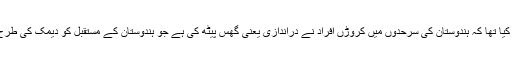
انہوں نے دعویٰ کیا تھا کہ ہندوستان کی سرحدوں میں کروڑں افراد نے دراندازی یعنی گھس پیٹھ کی ہے جو ہندوستان کے مستقبل کو دیمک کی طرح چاٹ رہے ہیں۔